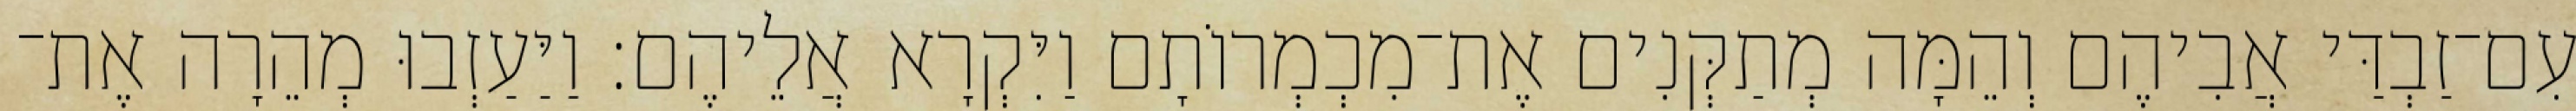
עִם־זַבְדַּי אֲבִיהֶם וְהֵמָּה מְתַקְּנִים אֶת־מִכְמְרוֹתָם וַיִּקְרָא אֲלֵיהֶם׃ וַיַּעַזְבוּ מְהֵרָה אֶת־